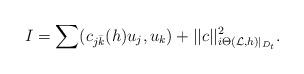
LaTeX: \begin{align*}I =\sum (c_{j\bar k}(h)u_j, u_k)+ ||c||^2_{i\Theta(\mathcal L,h)|_{D_t}}.\end{align*}